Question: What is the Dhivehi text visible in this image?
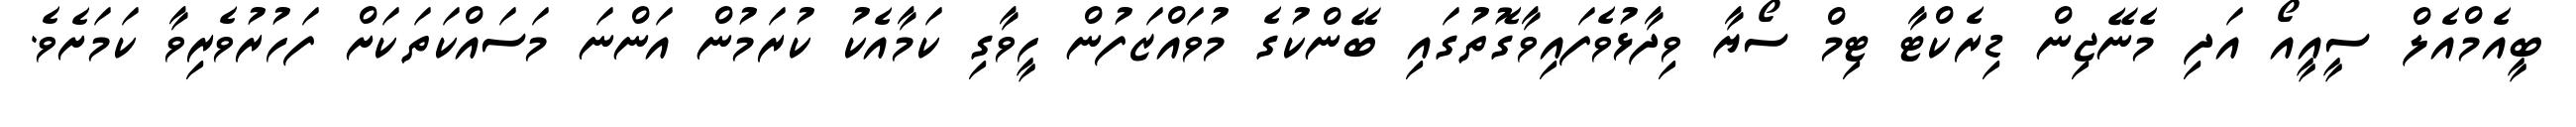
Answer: ބީއެމްއެލް ސީއީއޯ އަދި މެނޭޖިން ޑިރެކްޓާ ޓިމް ސޯޔާ ވިދާޅުވެފައިވާގޮތުގައި ބޭންކުގެ މުވައްޒަފުން ހީވާގި ކަމާއެކު ކުރަމުން އަންނަ މަސައްކަތަކަށް ފަހުރުވެރިވާ ކަމަށެވެ.